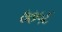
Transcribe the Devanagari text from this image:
७७५६